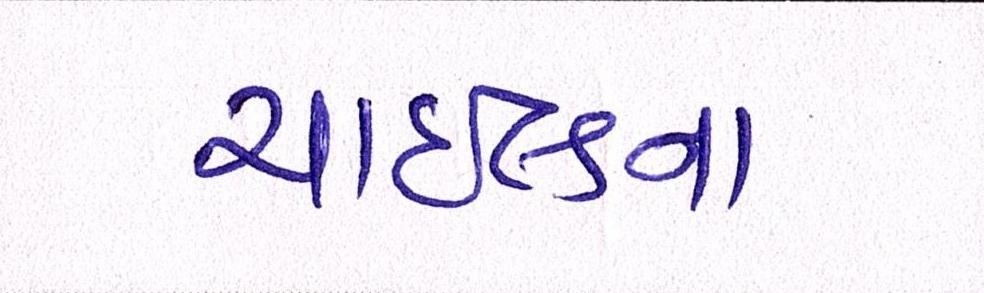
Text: ચાઇલ્ડના